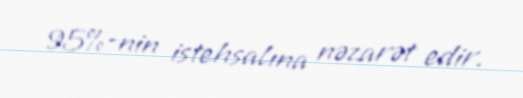
95%-nin istehsalına nəzarət edir.